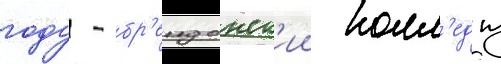
году - бр'ендонск'ии колл'едж